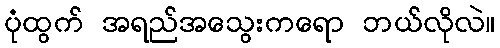
ပုံထွက် အရည်အသွေးကရော ဘယ်လိုလဲ။